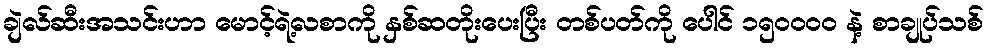
ချဲလ်ဆီးအသင်းဟာ မောင့်ရဲ့လစာကို နှစ်ဆတိုးပေးပြီး တစ်ပတ်ကို ပေါင် ၁၅၀၀၀၀ နဲ့ စာချုပ်သစ်